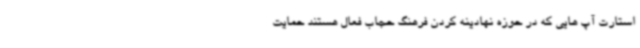
استارت آپ هایی که در حوزه نهادینه کردن فرهنگ حجاب فعال هستند حمایت